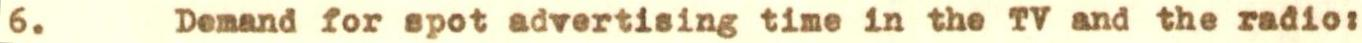
6. Demand for spot advertising time in the TV and the radio: